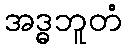
အဒ္ဓဘူတံ